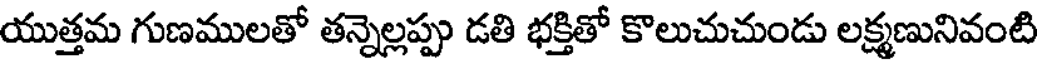
యుత్తమ గుణములతో తన్నెల్లప్పు డతి భక్తితో కొలుచుచుండు లక్ష్మణునివంటి